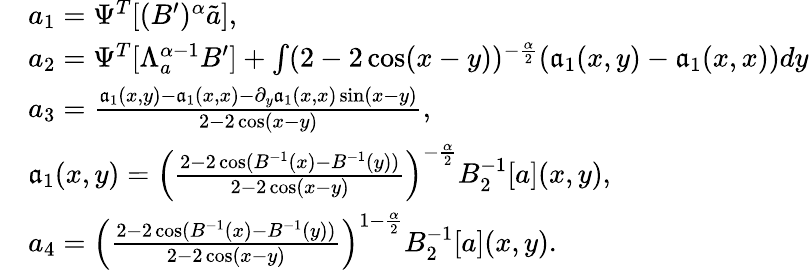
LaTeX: \begin{array}{rl}&{a_{1}=\Psi^{T}[(B^{\prime})^{\alpha}\tilde{a}],}\\ &{a_{2}=\Psi^{T}[\Lambda_{a}^{\alpha-1}B^{\prime}]+\int(2-2\cos(x-y))^{-\frac{\alpha}{2}}(\mathfrak{a}_{1}(x,y)-\mathfrak{a}_{1}(x,x))dy}\\ &{a_{3}=\frac{\mathfrak{a}_{1}(x,y)-\mathfrak{a}_{1}(x,x)-\partial_{y}\mathfrak{a}_{1}(x,x)\sin(x-y)}{2-2\cos(x-y)},}\\ &{\mathfrak{a}_{1}(x,y)=\left(\frac{2-2\cos(B^{-1}(x)-B^{-1}(y))}{2-2\cos(x-y)}\right)^{-\frac{\alpha}{2}}B_{2}^{-1}[a](x,y),}\\ &{a_{4}=\left(\frac{2-2\cos(B^{-1}(x)-B^{-1}(y))}{2-2\cos(x-y)}\right)^{1-\frac{\alpha}{2}}B_{2}^{-1}[a](x,y).}\end{array}